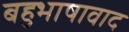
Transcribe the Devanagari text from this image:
बहुभाषावाद